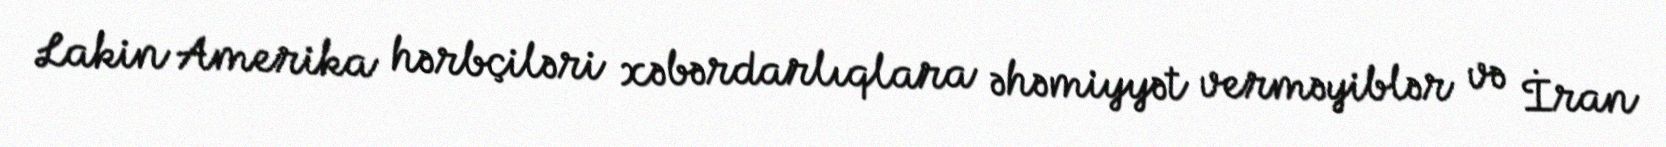
Lakin Amerika hərbçiləri xəbərdarlıqlara əhəmiyyət verməyiblər və İran